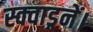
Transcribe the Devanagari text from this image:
स्क्वाड्रनें।